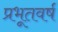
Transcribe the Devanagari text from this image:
प्रभूतवर्ष